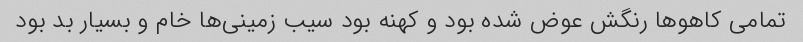
تمامی کاهوها رنگش عوض شده بود و کهنه بود سیب زمینی‌ها خام و بسیار بد بود